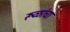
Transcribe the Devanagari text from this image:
रूळांचा